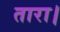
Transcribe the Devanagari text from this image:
तारा।